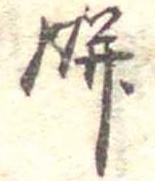
餅